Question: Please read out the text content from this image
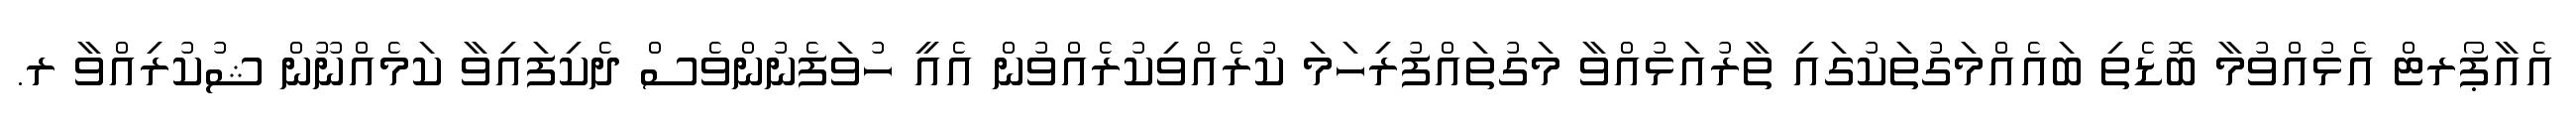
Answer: އެއާޕޯރޓް އެޅުއްވުމާ ބޮޑެތި ބައެއްމަގުތަކުގައި ތާރުއަޅުއްވާ މަގުތައްފުރިހަމަ ކުރެއްވިކުރެއްވުން އެއީ ހުވަފެނުންވެސް ދެކިފައިވާ ކަމެއްނޫން ޝުކުރިއްވާ ރ.